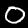
Digit: 0